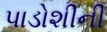
પાડોશીની